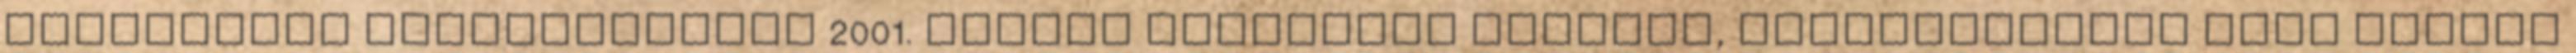
Intézményi változtatások 2001. Nizzai Szerződés Szerepe, elfogadásának okai Hatása